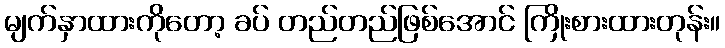
မျက်နှာထားကိုတော့ ခပ် တည်တည်ဖြစ်အောင် ကြိုးစားထားတုန်း။